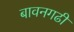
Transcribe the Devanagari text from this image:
बावनगढी